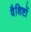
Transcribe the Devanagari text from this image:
वैशिष्टों